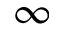
\infty